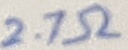
Text: 2.7Ω